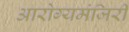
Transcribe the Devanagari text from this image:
आरोग्यमंजिरी